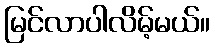
မြင်လာပါလိမ့်မယ်။